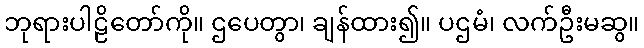
ဘုရားပါဠိတော်ကို။ ဌပေတွာ၊ ချန်ထား၍။ ပဌမံ၊ လက်ဦးမဆွ။